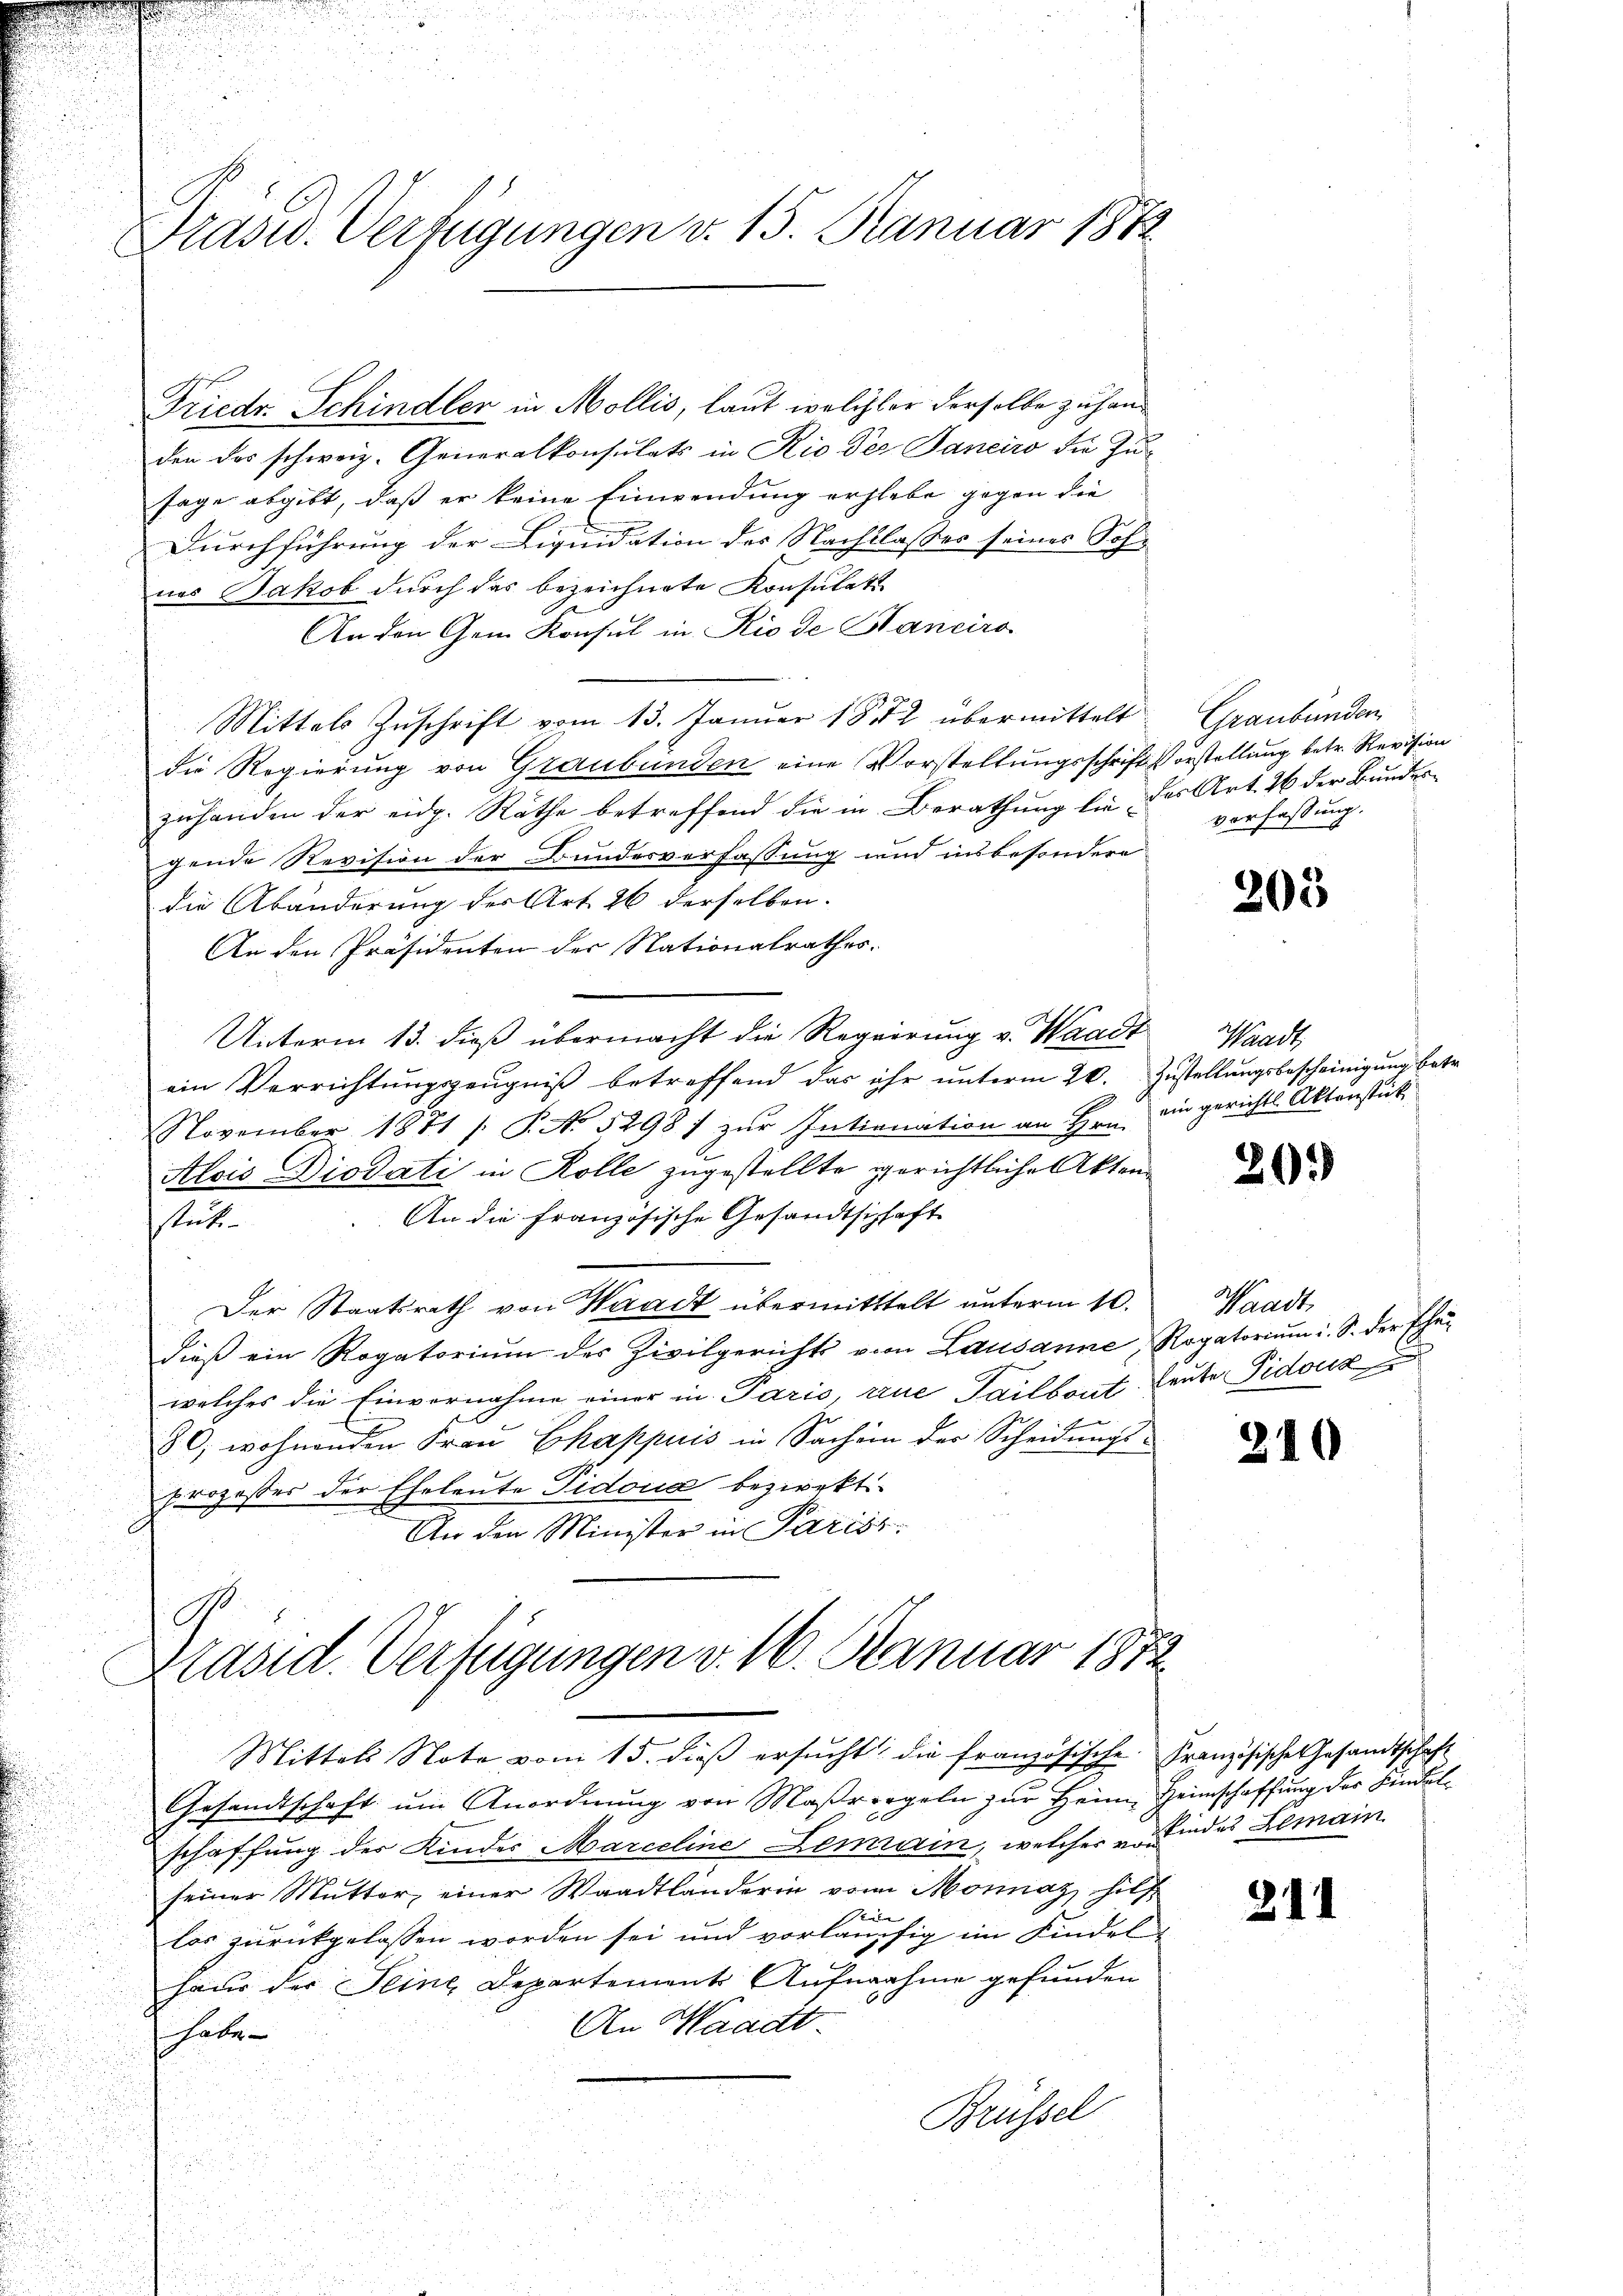
Präsid. Verfügungen v. 15. Januar 1882

Friedr. Schindler in Mollis, laut welcher derselbe zu handen des schweiz. Generalkonsulats in Rio der Janeiro die Zusage abgibt, daß er keine Einwendung erhebe gegen die
Durchführung der Liquidation des Nachtlasses seines Sohnes Bakob durch das bezeichnete Konsulati
An den Gem Konsul in Rio de Hanciro
Mittels Zuschrift vom 13. Januar 1872 übermittelt
die Regierung von Graubünden eine Vorstellungsschrift Vorstellung betr. Revision
zuhanden der eidg. Räthe betreffend die in Berathung bei der Art. 26 der Bundesgende Revision der Bundesverfassung und insbesondere
die Abänderung der Art. 26 derselben.
An den Präsidenten der Nationalrathes.
Unterm 13. dieß übermacht die Regierung v. Waadt
ein Verrichtungszeugniß betreffend das ihr unterm 20. Zustellungsbescheinigung betr.
November 1871 /: P. No 5298 / zur Intionation an Hrn. ein gerichts Aktenstück
Alois Diodati in Kolle zugestellte gerichtliche Akten
An die französische Gesandtschaft
stük
Der Staatsrath von Waadt übermittelt unterm 10.
dieβ ein Rogatoriŭm der Zivilgerichts vom Lausanne, Rogatoriŭm i. S. der Ehewelches die Einvernahme einer in Paris, aue Tailbout leute Pidouk
80, wohnenden Fraŭ Ekappuis in Sachein der Scheidungs-
prozesses der Eheleute Pidoua bezirekt
An den Minister in Parist.

Präsid. Verfügungen v. 16. Januar 1872

Gesandtschaft um Anordnung von Maßregeln zur Heim Heimschaffung der Kindelschaffung der Kinder Marceline Lemain, welcher indes Lemain
seiner Mutter, einer Waadtländerin von Monnaz Hilf
sei
los zurückgelassen worden sei und vorläufig im Kindelhaus der Seine Departement Aufnahme gefunden
An Waadt.
habe
Brüssel

Mittels Note vom 15. dieβ ersŭcht, die französische Französische Gesamtschaft

Graubünden
verfassung.

205

Waadt,

20.

Waadt,

210

311